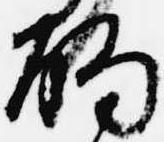
酌